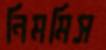
নিমমিস